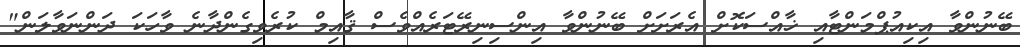
ބޭނުންވާ އިކިއުޕްމަންޓާއި ޚާއްސަކޮށް އެރަށަށް ބޭނުންވާ އިންސިނިރޭޓަރެއްވެސް ޤާއިމް ކުރެވިގެންދާނެ ވާހަކަ ދަންނަވާލަން"